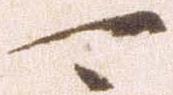
可